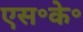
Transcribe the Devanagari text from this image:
एस॰के॰